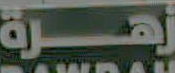
زهرة